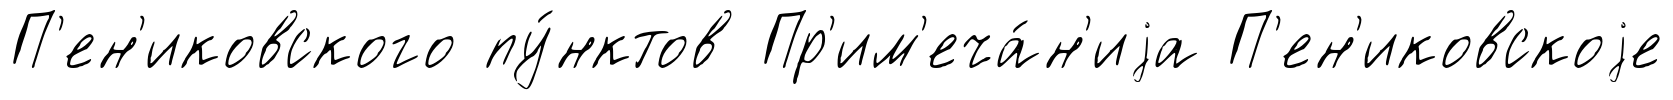
П'ен'иковского пу́нктов Пр'им'еча́н'иjа П'ен'иковскоjе